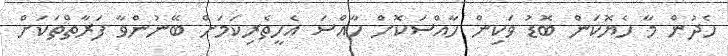
ހެދުން މާ ހެޔޮކަން ބޮޑު ވަކިން ހާއްސަކޮށް ހާއްސަ އެހީތެރިކަމަށް ބޭނުންވާ ފަރާތްތަކަށް